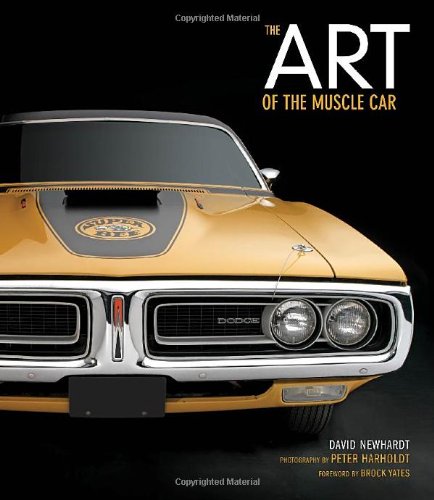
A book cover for The Art of the Muscle Car: Collector's Edition; David Newhardt; Engineering & Transportation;